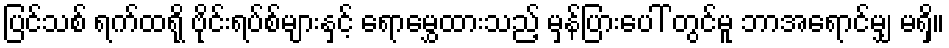
ပြင်သစ် ရက်ထရို ဗိုင်းရပ်စ်များနှင့် ရောမွှေထားသည့် မှန်ပြားပေါ် တွင်မူ ဘာအရောင်မျှ မရှိ။